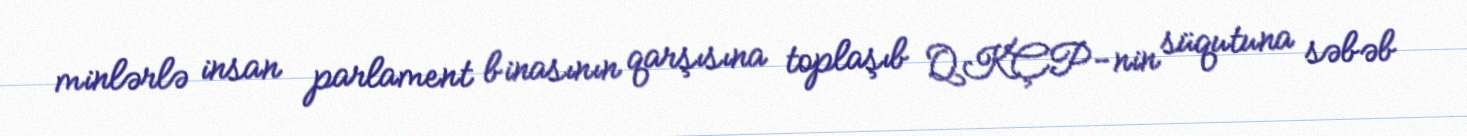
minlərlə insan parlament binasının qarşısına toplaşıb QKÇP-nin süqutuna səbəb